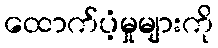
ထောက်ပံ့မှုများကို